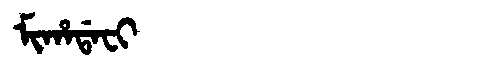
Manchu: ᠮᡳᡥᠠᡩᠠᠸᡳ
Romanization: MIHADAFI